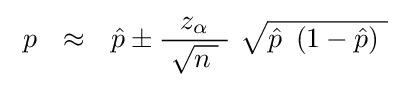
\ p~~\approx ~~{\hat {p}}\pm {\frac {\;z_{\alpha }\ }{\ {\sqrt {n\;}}\ }}\ {\sqrt {{\hat {p}}\ \left(1-{\hat {p}}\right)\ }}\